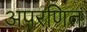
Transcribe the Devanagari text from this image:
अपरणित